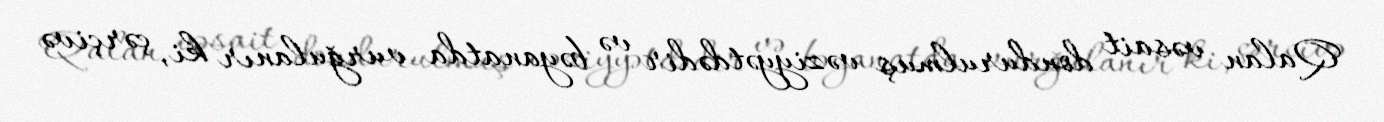
Qalan vəsait dondurulmuş vəziyyətdədir və bəyanatda vurğulanır ki, çərçivə